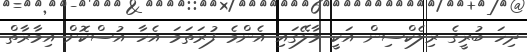
ދިހަ ބުރީގެ ރިލެކްސިން އަކީ މާލޭގައި އެންމެ ފުރަތަމަ އެހާ އުސްކޮށް އިމާރާތް